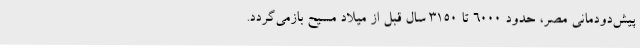
پیش‌دودمانی مصر، حدود ۶۰۰۰ تا ۳۱۵۰ سال قبل از میلاد مسیح بازمی‌گردد.